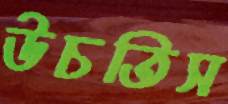
উচতিস